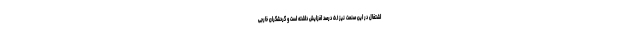
اشتغال در این صنعت نیز ۵.۱ درصد افزایش داشته است و گردشگران خارجی